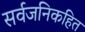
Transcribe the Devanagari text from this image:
सर्वजनिकहित